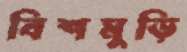
বিশমুড়ি